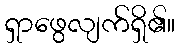
ရှာဖွေလျက်ရှိ၏။